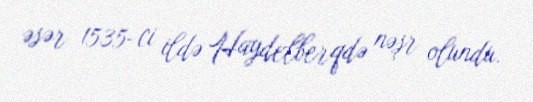
əsər 1535-ci ildə Haydelberqdə nəşr olundu.